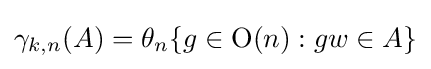
\gamma _{k,n}(A)=\theta _{n}\{g\in \operatorname {O} (n):gw\in A\}